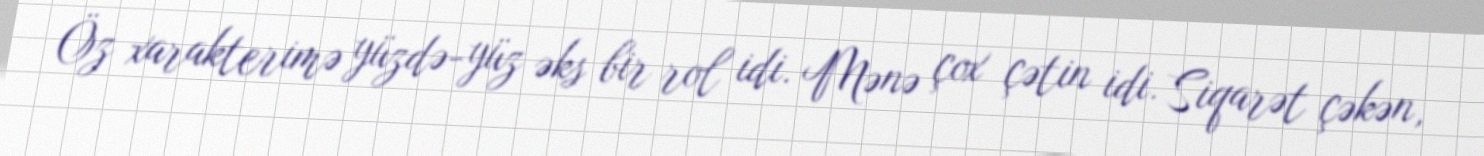
Öz xarakterimə yüzdə-yüz əks bir rol idi. Mənə çox çətin idi. Siqarət çəkən,